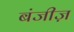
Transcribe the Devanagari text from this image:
बंजीज़